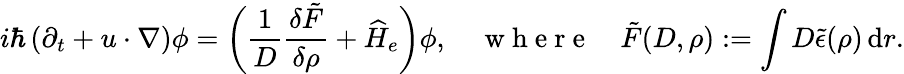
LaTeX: i\hbar\left(\partial_{t}+u\cdot\nabla\right)\phi=\bigg(\frac{1}{D}\frac{\delta\tilde{F}}{\delta\rho}+\widehat H_{e}\bigg)\phi,\quad\mathrm{~w~h~e~r~e~}\quad\tilde{F}(D,\rho):=\int D\tilde{\epsilon}(\rho)\, \mathrm{d}r.